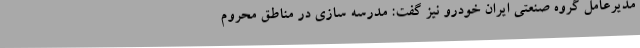
مدیرعامل گروه صنعتی ایران خودرو نیز گفت: مدرسه سازی در مناطق محروم